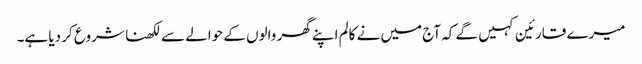
میرے قارئین کہیں گے کہ آج میں نے کالم اپنے گھر والوں کے حوالے سے لکھنا شروع کر دیا ہے۔